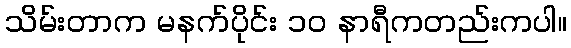
သိမ်းတာက မနက်ပိုင်း ၁၀ နာရီကတည်းကပါ။